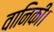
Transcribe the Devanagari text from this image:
वानिकी।